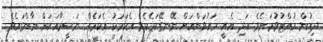
ދިއުން ހުއްޓުވުމަށެވެ. އަދި އެއީ މައުވަންއަށް ނޭނގޭކަމެކެވެ. އެކަމަކު އެކަމެއް ނަސީމާއަކަށް ނާންގައެވެ.